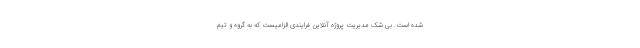
شده است. بی شک مدیریت پروژه آنلاین فرایندی الزامیست که به گروه و تیم